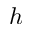
h